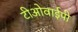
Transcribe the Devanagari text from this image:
टीओवाईपी